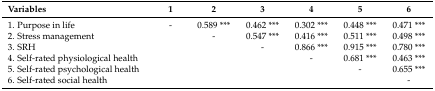
<table><thead><tr><td><b>Variables</b></td><td><b>1</b></td><td><b>2</b></td><td><b>3</b></td><td><b>4</b></td><td><b>5</b></td><td><b>6</b></td></tr></thead><tbody><tr><td>1. Purpose in life</td><td>-</td><td>0.589 ***</td><td>0.462 ***</td><td>0.302 ***</td><td>0.448 ***</td><td>0.471 ***</td></tr><tr><td>2. Stress management</td><td></td><td>-</td><td>0.547 ***</td><td>0.416 ***</td><td>0.511 ***</td><td>0.498 ***</td></tr><tr><td>3. SRH</td><td></td><td></td><td>-</td><td>0.866 ***</td><td>0.915 ***</td><td>0.780 ***</td></tr><tr><td>4. Self-rated physiological health</td><td></td><td></td><td></td><td>-</td><td>0.681 ***</td><td>0.463 ***</td></tr><tr><td>5. Self-rated psychological health</td><td></td><td></td><td></td><td></td><td>-</td><td>0.655 ***</td></tr><tr><td>6. Self-rated social health</td><td></td><td></td><td></td><td></td><td></td><td>-</td></tr></tbody></table>